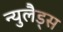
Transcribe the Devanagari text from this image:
न्युलैड्स